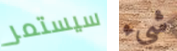
سيستمر شيء